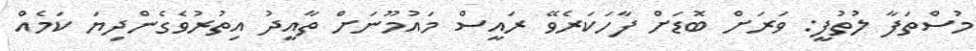
މުސްތަފާ ލުތުފީ: ވަރަށް ބޮޑަށް ފާހަކަރެވޭ ރައީސް މައުމޫނަށް ތާއީދު އިތުރުވެގެންދިޔަ ކަމެއް